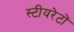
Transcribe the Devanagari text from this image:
स्टीयरेटों